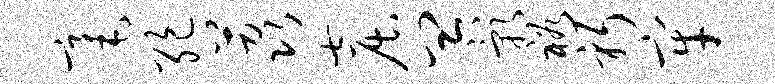
毫绝荔窟皿影裕躬牢